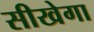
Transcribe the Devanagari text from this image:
सीखेगा